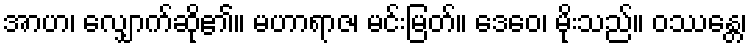
အာဟ၊ လျှောက်ဆို၏။ မဟာရာဇ၊ မင်းမြတ်။ ဒေဝေ၊ မိုးသည်။ ဝဿန္တေ၊